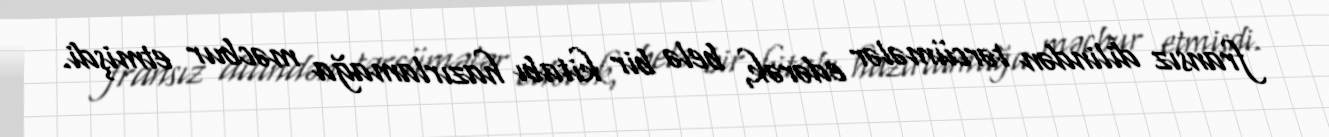
fransız dilindən tərcümələr edərək, belə bir kitabı hazırlamağa məcbur etmişdi.